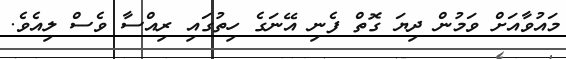
މައުވާއަށް ވަމުން ދިޔަ ގޮތް ފެނި އޭނަގެ ހިތުގައި ރިއްސާ ވެސް ލިއެވެ.